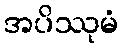
အပိဿုမံ